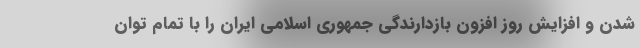
شدن و افزایش روز افزون بازدارندگی جمهوری اسلامی ایران را با تمام توان